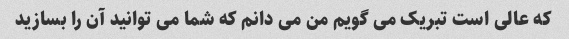
که عالی است تبریک می گویم من می دانم که شما می توانید آن را بسازید